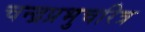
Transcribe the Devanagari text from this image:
चन्द्रप्रभुचरित्र